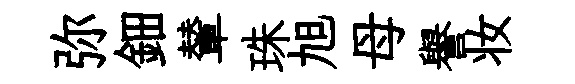
弥鈿輦珠旭母譽妆